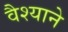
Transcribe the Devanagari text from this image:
वैश्याने